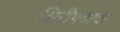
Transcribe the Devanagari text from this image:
शिरीषदादा